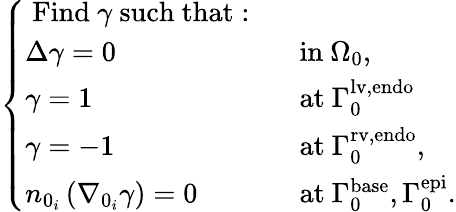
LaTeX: \left\{ \begin{array}{ll}{\mathrm{~Find~}\gamma\mathrm{~such~that:~}}&\\ {\Delta\gamma=0}&{\mathrm{~in~}{\Omega}_{0},}\\ {\gamma=1}&{\mathrm{~at~}{\Gamma}_{0}^{\mathrm{lv,endo}}}\\ {\gamma=-1}&{\mathrm{~at~}{\Gamma}_{0}^{\mathrm{rv,endo}},}\\ {n_{0_{i}}\left(\nabla_{0_{i}}\gamma\right)=0}&{\mathrm{~at~}{\Gamma}_{0}^{\mathrm{base}},{\Gamma}_{0}^{\mathrm{epi}}.}\end{array}\right.